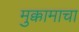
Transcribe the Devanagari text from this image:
मुक्कामाचा